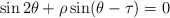
\begin{align*}\sin 2\theta + \rho \sin (\theta-\tau) =0\end{align*}